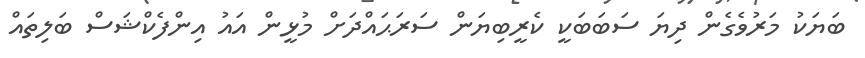
ބަޔަކު މަރުވެގެން ދިޔަ ސަބަބަކީ ކެރީބިޔަން ސަރަޙައްދަށް މުޅީން އައު އިންފެކްޝަސް ބަލިތައް